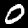
Label: 0